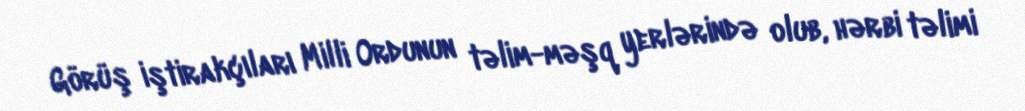
Görüş iştirakçıları Milli Ordunun təlim-məşq yerlərində olub, hərbi təlimi